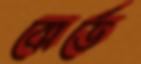
বোর্ডে